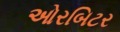
ઓરબિટર